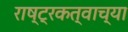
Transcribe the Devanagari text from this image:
राष्ट्रकत्वाच्या